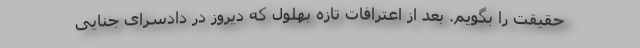
حقیقت را بگویم. بعد از اعترافات تازه بهلول که دیروز در دادسرای جنایی